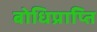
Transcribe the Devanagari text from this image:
बोधिप्राप्ति